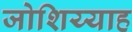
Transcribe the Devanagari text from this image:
जोशिय्याह